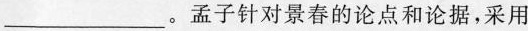
___。孟子针对景春的论点和论据，采用